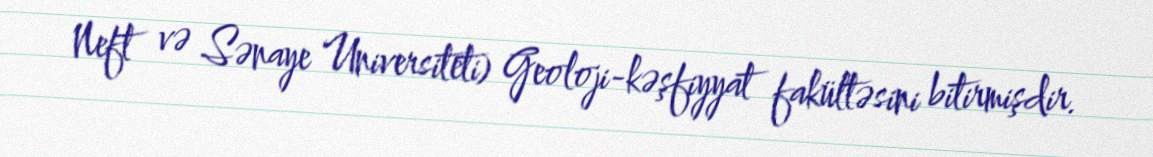
Neft və Sənaye Universiteti) Geoloji-kəşfiyyat fakültəsini bitirmişdir.